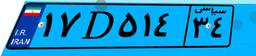
۲۹D۰۵۴۵۲